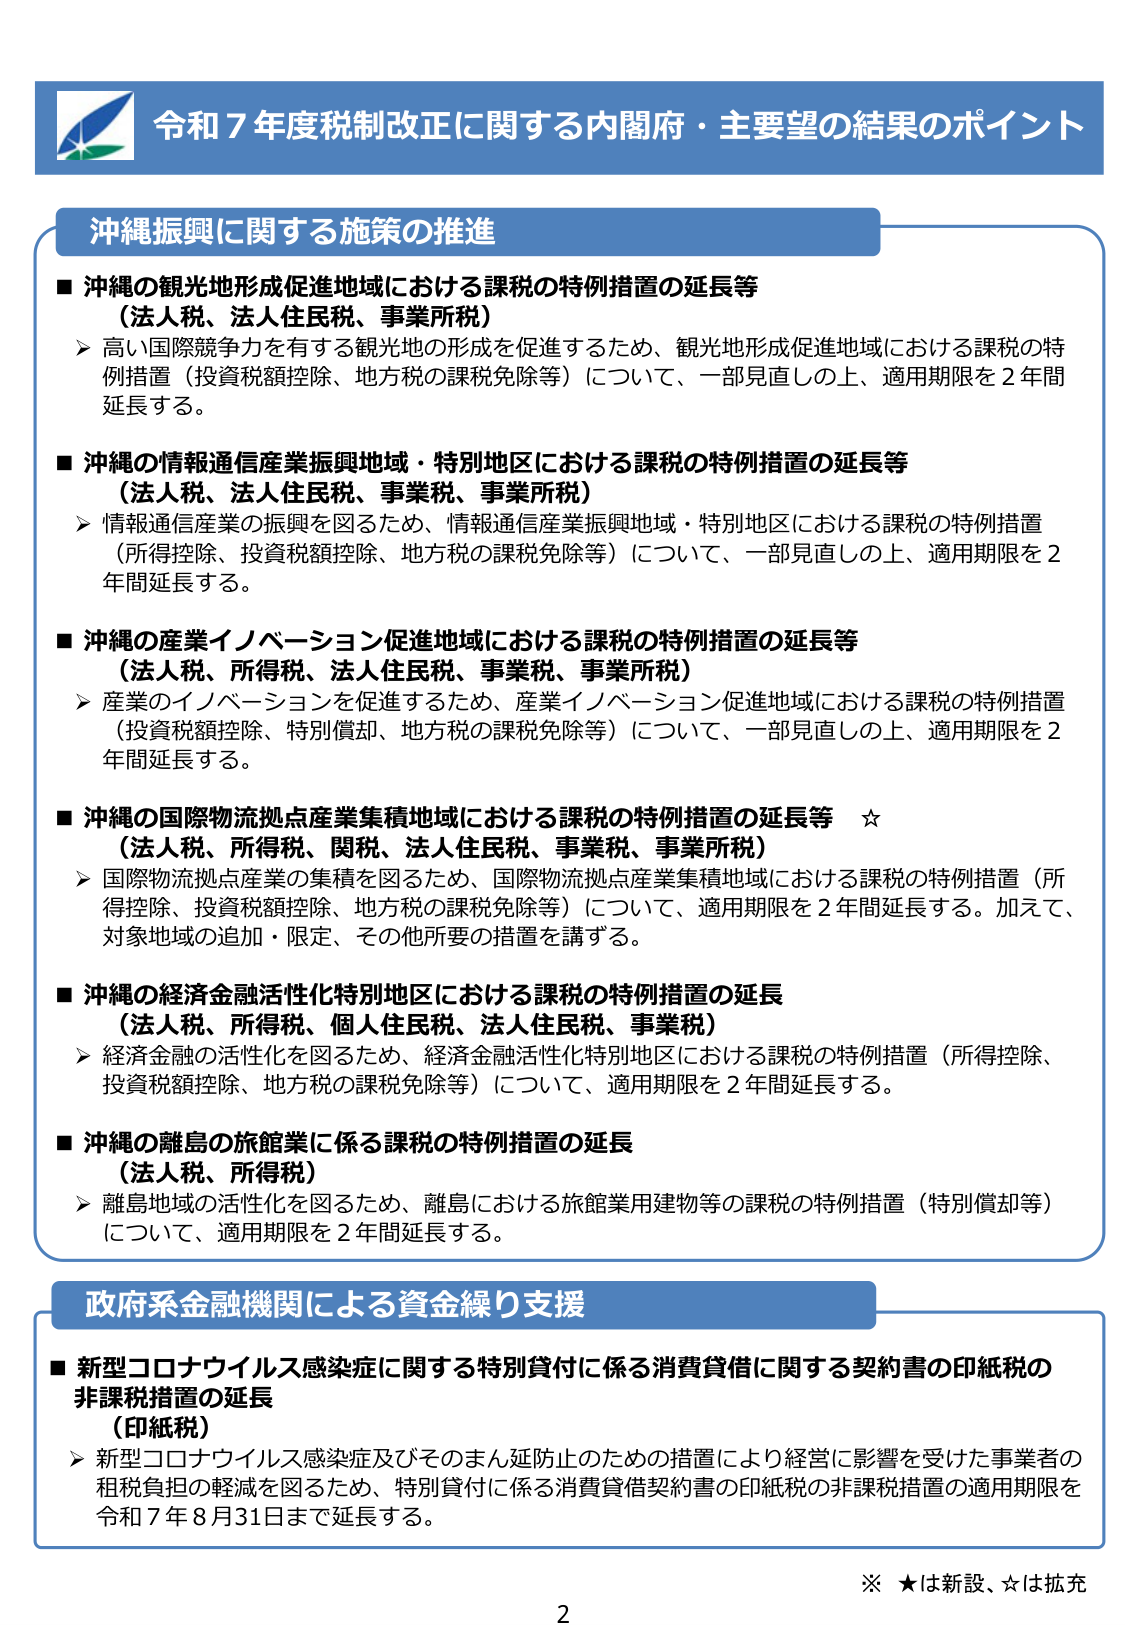
令和７年度税制改正に関する内閣府・主要望の結果のポイント

沖縄振興に関する施策の推進

■ 沖縄の観光地形成促進地域における課税の特例措置の延長等
（法人税、法人住民税、事業所税）
▶ 高い国際競争力を有する観光地の形成を促進するため、観光地形成促進地域における課税の特例措置（投資税額控除、地方税の課税免除等）について、一部見直しの上、適用期限を２年間延長する。

■ 沖縄の情報通信産業振興地域・特別地区における課税の特例措置の延長等
（法人税、法人住民税、事業税、事業所税）
▶ 情報通信産業の振興を図るため、情報通信産業振興地域・特別地区における課税の特例措置（所得控除、投資税額控除、地方税の課税免除等）について、一部見直しの上、適用期限を２年間延長する。

■ 沖縄の産業イノベーション促進地域における課税の特例措置の延長等
（法人税、所得税、法人住民税、事業税、事業所税）
▶ 産業のイノベーションを促進するため、産業イノベーション促進地域における課税の特例措置（投資税額控除、特別償却、地方税の課税免除等）について、一部見直しの上、適用期限を２年間延長する。

■ 沖縄の国際物流拠点産業集積地域における課税の特例措置の延長等 ☆
（法人税、所得税、関税、法人住民税、事業税、事業所税）
▶ 国際物流拠点産業の集積を図るため、国際物流拠点産業集積地域における課税の特例措置（所得控除、投資税額控除、地方税の課税免除等）について、適用期限を２年間延長する。加えて、対象地域の追加・限定、その他所要の措置を講ずる。

■ 沖縄の経済金融活性化特別地区における課税の特例措置の延長
（法人税、所得税、個人住民税、法人住民税、事業税）
▶ 経済金融の活性化を図るため、経済金融活性化特別地区における課税の特例措置（所得控除、投資税額控除、地方税の課税免除等）について、適用期限を２年間延長する。

■ 沖縄の離島の旅館業に係る課税の特例措置の延長
（法人税、所得税）
▶ 離島地域の活性化を図るため、離島における旅館業用建物等の課税の特例措置（特別償却等）について、適用期限を２年間延長する。

政府系金融機関による資金繰り支援

■ 新型コロナウイルス感染症に関する特別貸付に係る消費貸借に関する契約書の印紙税の非課税措置の延長
（印紙税）
▶ 新型コロナウイルス感染症及びそのまん延防止のための措置により経営に影響を受けた事業者の租税負担の軽減を図るため、特別貸付に係る消費貸借契約書の印紙税の非課税措置の適用期限を令和７年８月31日まで延長する。

※ ★は新設、☆は拡充

2